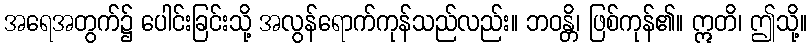
အရေအတွက်၌ ပေါင်းခြင်းသို့ အလွန်ရောက်ကုန်သည်လည်း။ ဘဝန္တိ၊ ဖြစ်ကုန်၏။ ဣတိ၊ ဤသို့။